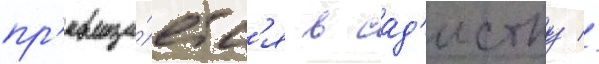
пр'евраща́етс'я в сад'истку //